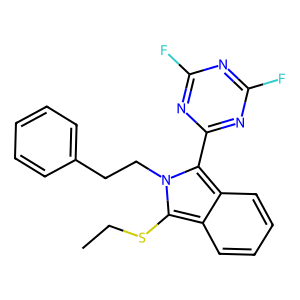
SMILES: CCSc1c2ccccc2c(-c2nc(F)nc(F)n2)n1CCc1ccccc1
Inhibits HIV replication: No